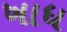
ખાધ